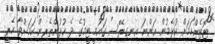
ޓޮޓެންހަމަށް ކުޅެމުން އަންނަ އިނގިރޭސި ގައުމީ ޓީމުގެ ދެ ކުޅުންތެރިން ކަމަށްވާ ހެރީ